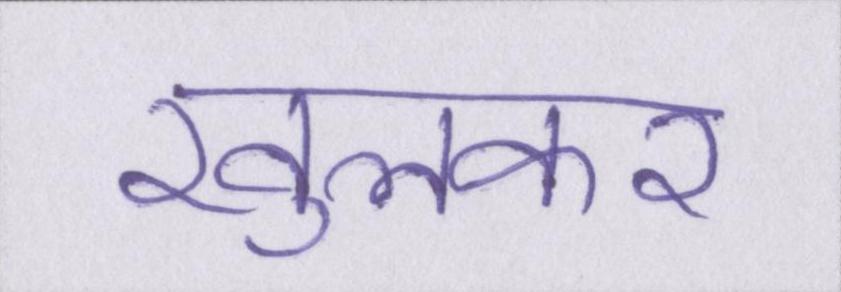
खुलकर